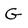
Character: G